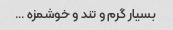
بسیار گرم و تند و خوشمزه …